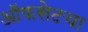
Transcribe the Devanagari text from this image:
ऑफसेटचा